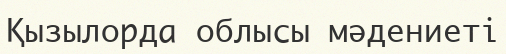
Қызылорда облысы мәдениеті